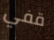
قفي